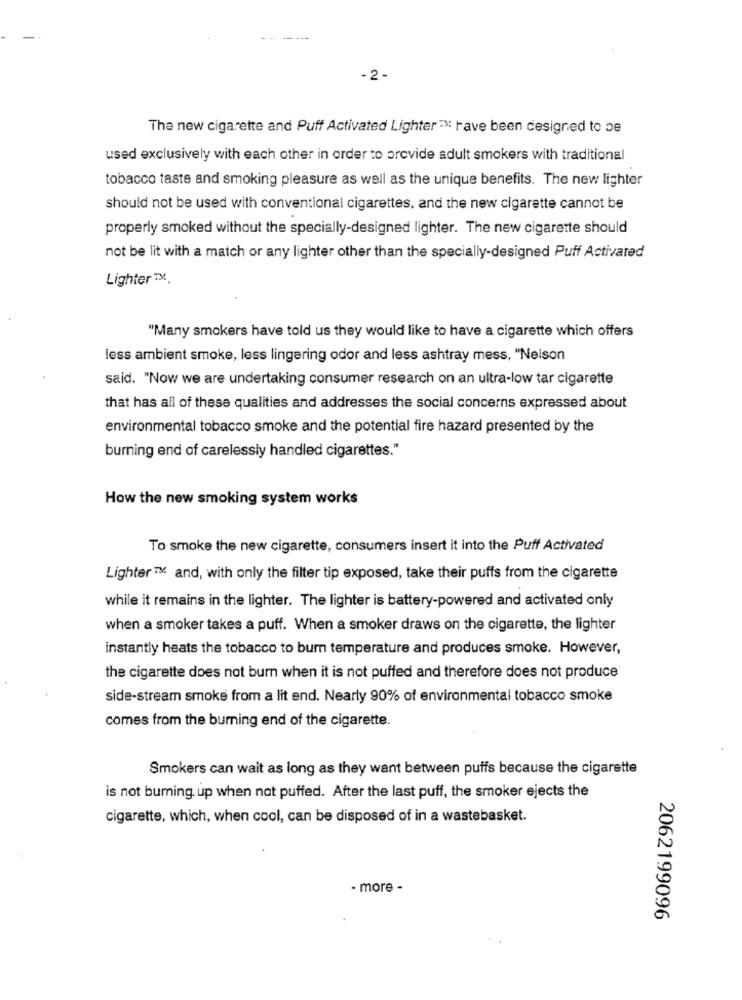
- 2 -
The new cigarette and Puff Activated Lighter"¥ have been designed to be
used exclusively with each other in order to provide adult smokers with traditional
tobacco taste and smoking pleasure as well as the unique benefits. The new lighter
should not be used with conventional cigarettes, and the new cigarette cannot be
properly smoked without the specially-designed lighter. The new cigarette should
not be lit with a match or any lighter other than the specially-designed Puff Activated
Lighter ™M.
"Many smokers have told us they would like to have a cigarette which offers
less ambient smoke, less lingering odor and less ashtray mess, "Nelson
said. "Now we are undertaking consumer research on an ultra-low tar cigarette
that has all of these qualities and addresses the social concerns expressed about
environmental tobacco smoke and the potential fire hazard presented by the
burning end of carelessly handled cigarettes."
How the new smoking system works
To smoke the new cigarette, consumers insert it into the Puff Activated
Lighter ™ and, with only the filter tip exposed, take their puffs from the cigarette
while it remains in the lighter. The lighter is battery-powered and activated only
when a smoker takes a puff. When a smoker draws on the cigarette, the lighter
instantly heats the tobacco to burn temperature and produces smoke. However,
the cigarette does not bum when it is not puffed and therefore does not produce
side-stream smoke from a lit end. Nearly 90% of environmental tobacco smoke
comes from the burning end of the cigarette.
Smokers can wait as long as they want between puffs because the cigarette
is not burning up when not puffed. After the last puff, the smoker ejects the
cigarette, which, when cool, can be disposed of in a wastebasket.
- more -
2062199096